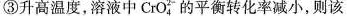
③升高温度，溶液中CrO_{4}^{2-}的平衡转化率减小，则该